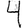
Digit: 4